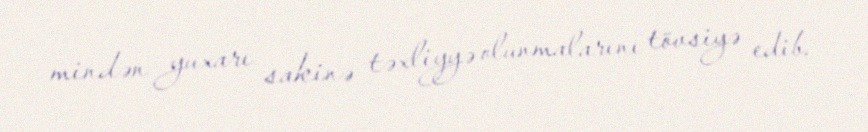
mindən yuxarı sakinə təxliyyə olunmalarını tövsiyə edib.